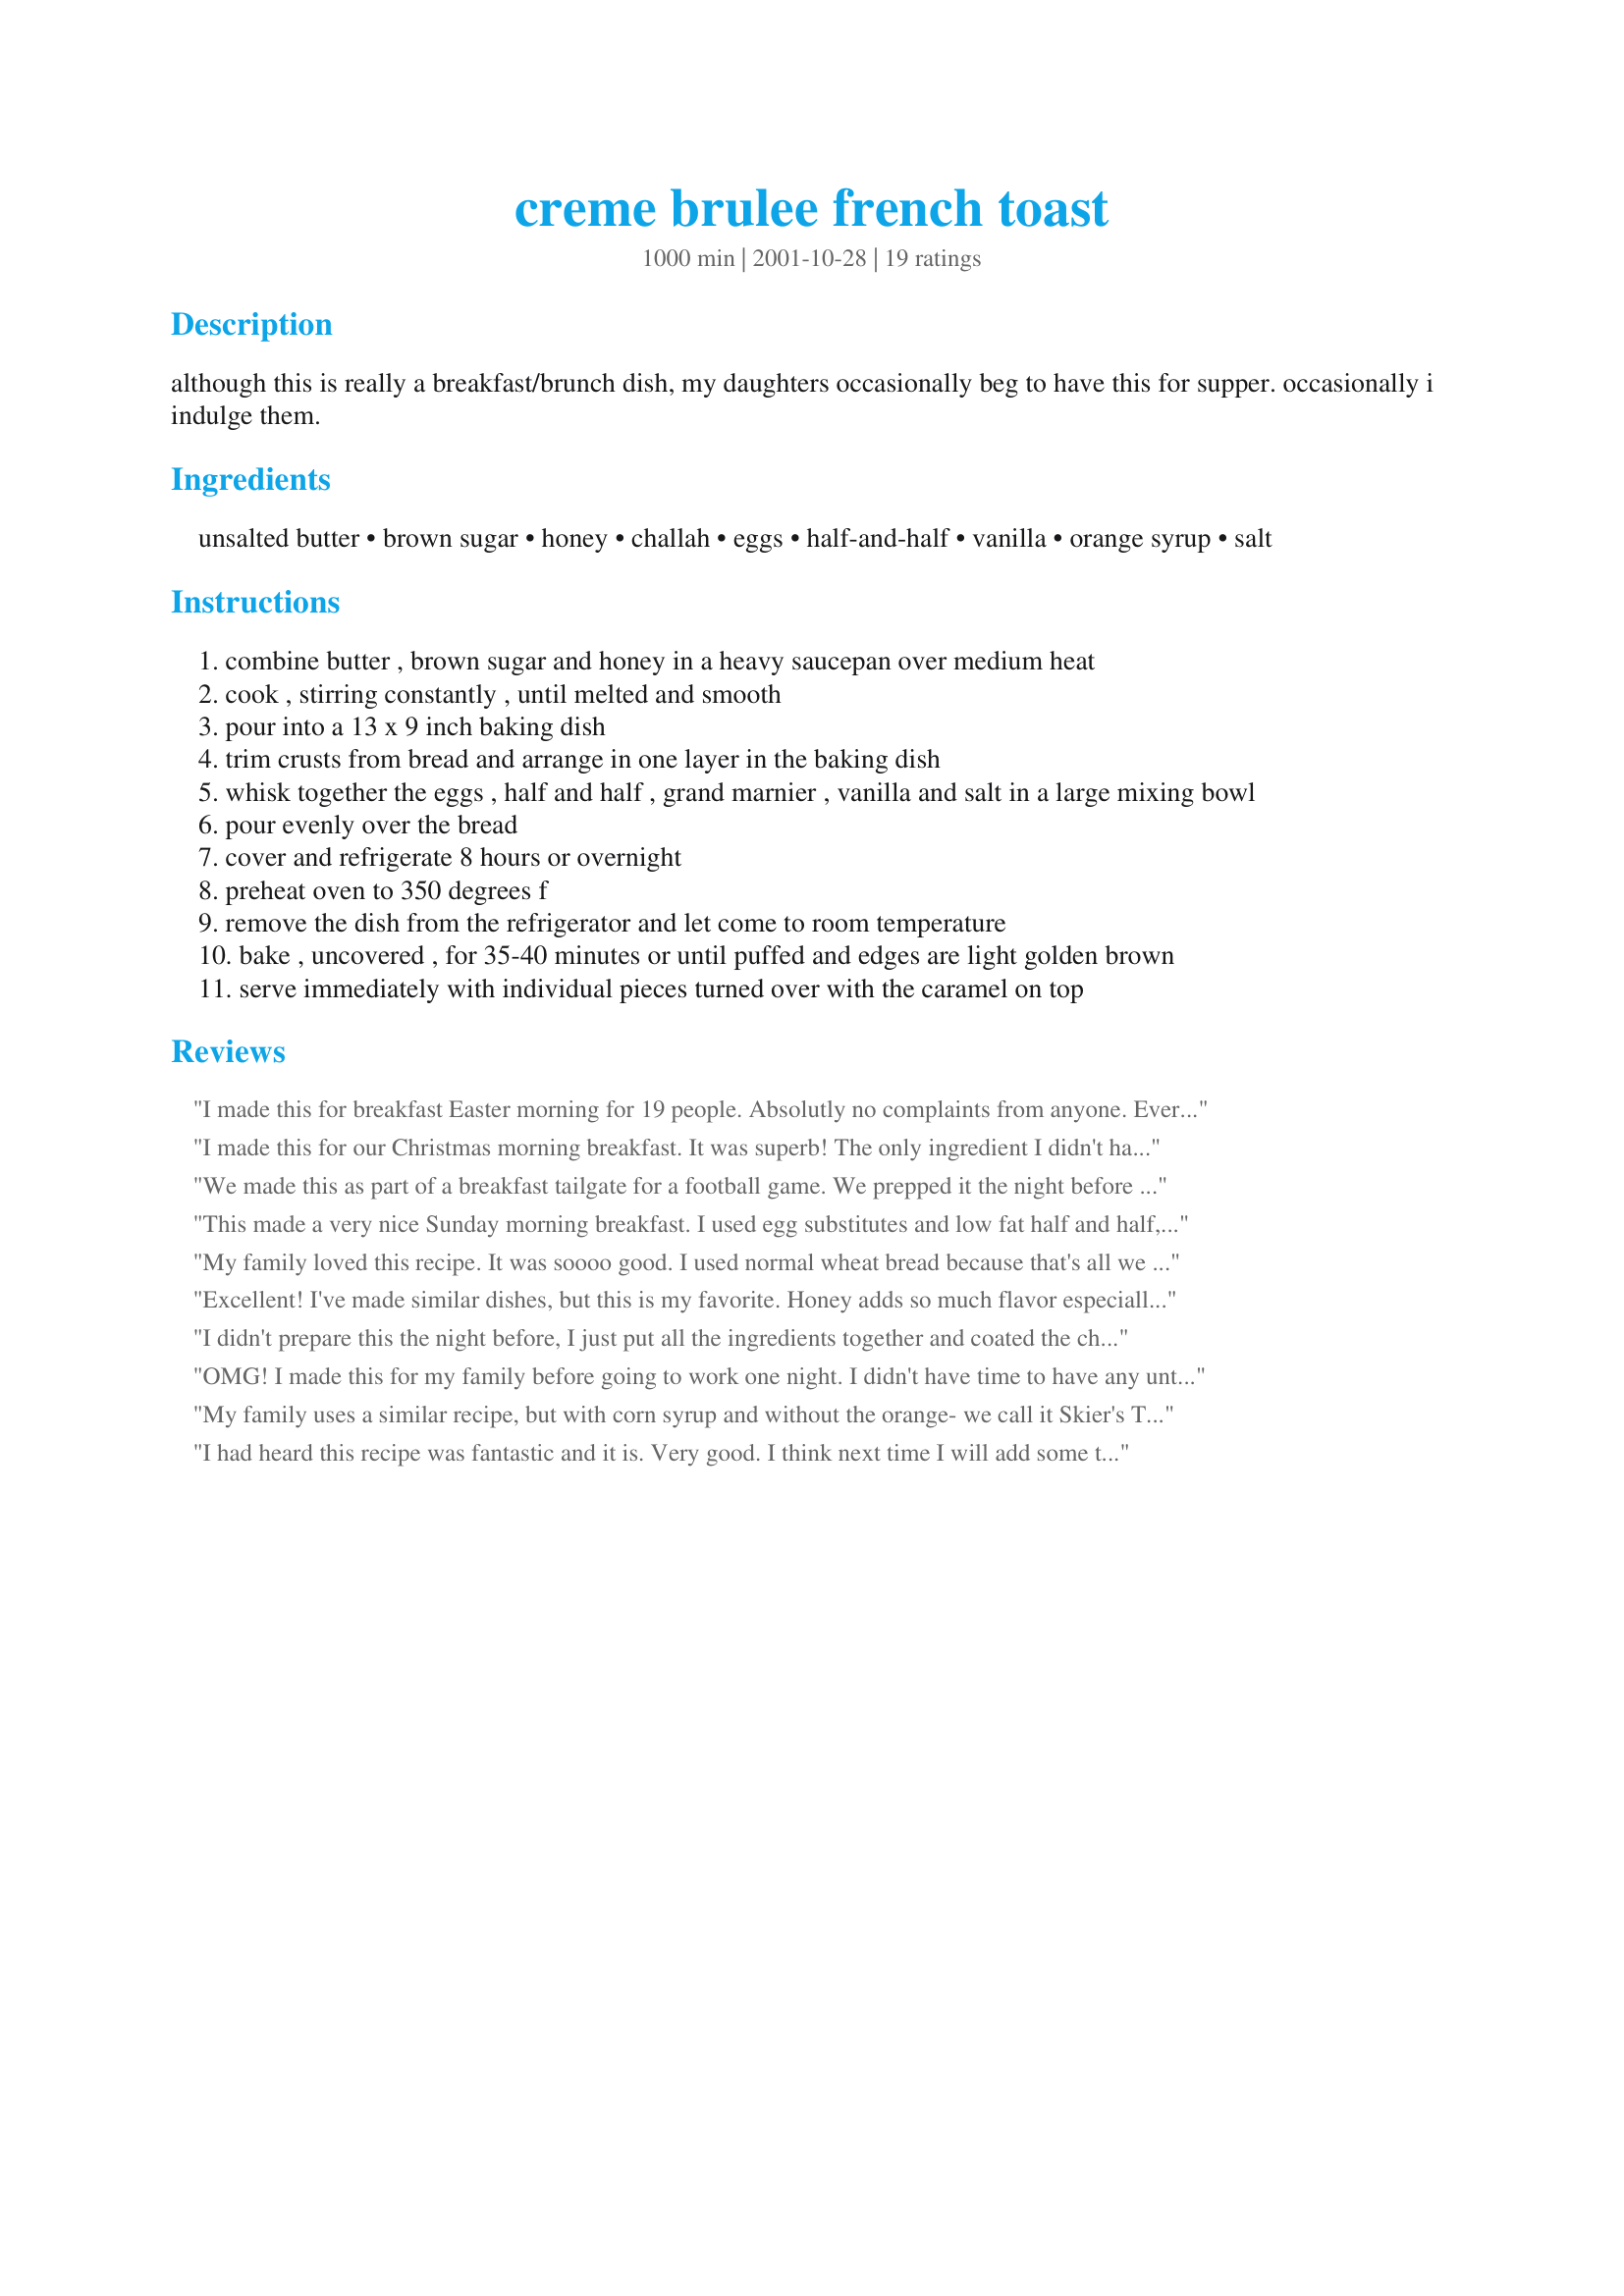
creme brulee french toast
Preparation time: 1000 minutes

although this is really a breakfast/brunch dish, my daughters occasionally beg to have this for supper. occasionally i indulge them.

Ingredients:
unsalted butter, brown sugar, honey, challah, eggs, half-and-half, vanilla, orange syrup, salt

Steps:
combine butter , brown sugar and honey in a heavy saucepan over medium heat
cook , stirring constantly , until melted and smooth
pour into a 13 x 9 inch baking dish
trim crusts from bread and arrange in one layer in the baking dish
whisk together the eggs , half and half , grand marnier , vanilla and salt in a large mixing bowl
pour evenly over the bread
cover and refrigerate 8 hours or overnight
preheat oven to 350 degrees f
remove the dish from the refrigerator and let come to room temperature
bake , uncovered , for 35-40 minutes or until puffed and edges are light golden brown
serve immediately with individual pieces turned over with the caramel on top

Reviews:
I made this for breakfast Easter morning for 19 people. Absolutly no complaints from anyone. Everyone, including my picky daughter loved this one! I also made the Grand Marnier Sauce(recipe # 52907)to top the toast off with if anyone desired. It's a keeper and soooo easy!!
I made this for our Christmas morning breakfast. It was superb! The only ingredient I didn't have was the orange syrup, and it turned out soooo good! I will be pulling this one out for special occasions - it's a very special recipe! Thanks for sharing. :)
We made this as part of a breakfast tailgate for a football game. We prepped it the night before in chafing pans, threw it in the oven when we woke up, and put them on the grill to keep it warm at the tailgate. The French toast was great, everyone loved it.
This made a very nice Sunday morning breakfast. I used egg substitutes and low fat half and half, and it was still very tasty. I think next time i will try and cook some sliced apples in the brown sugar mixture and add a little cinnimon for a twist. thanks for posting! I will be trying your butter pecan bread pudding next. I am sure it will be as great as this!
My family loved this recipe. It was soooo good. I used normal wheat bread because that's all we had, but I felt the texture would have been better with challah. Since my family loves cinnamon, I added a little on top. My mom agreed that it was even better with the cinnamon. Next time I'll put it in the with the egg mixture.
Excellent! I've made similar dishes, but this is my favorite. Honey adds so much flavor especially compared to corn syrup. I didn't have Grand Marnier so had to settle for Triple Sec. The honey overpowered any orange flavor, which you'd expect with only 1t. Half and half makes this creamy and decadent. You could use milk, but it wouldn't have the same wonderful result. Will definitely make this again! Thanks for sharing!
I didn't prepare this the night before, I just put all the ingredients together and coated the challah bread very well and it came out perfect. I also didn't have half and half so I used evaporated milk instead which worked really well and I'm sure it was less fattening as well. I also sprinkled the top with cinnamon. Everyone loved this.
OMG! I made this for my family before going to work one night. I didn't have time to have any until I got home. I asked how it was and I got "Oh, it was ok". There were plates in the sink with syrup all over them and I asked the question (although I already knew the answer), "You didn't put syrup on it did you?!"
I heated some in the microwave (without adding any syrup) and when I took the first bite I exclaimed, "OMG!! This is sooooo good!!!!" 
Thank you so much for posting this recipe, Mirj. It's a keeper!!!!
My family uses a similar recipe, but with corn syrup and without the orange- we call it Skier's Toast. It is delish. I look forward to trying it with an orange flavor.
I had heard this recipe was fantastic and it is. Very good. I think next time I will add some toasted pecans on top of the brown sugar before I put the bread on.
Excellent recipe!! I didn't follow it exactly- I didn't have any honey, and used two layers of cinnamon raisin bread. Either way, it was fantastic, and very easy to throw together the night before a brunch. One guest described it as similar to a maple bread pudding, and it got rave reviews from everyone! Thanks!!
Wow! I didn't have time to let everything sit all day (son missed the bus, and I had to leave early to drive him to school) so I put it all together when I got home from work. I didn't add the honey or orange syrup - just didn't have - but it was fantastic. I will try some of the lower fat suggestions next time so that I don't feel so guilty eating it. It's definitely a great dish for breakfast company. Very easy to assemble. Thank you!
Great recipe thanks!

×ª×•×“×” ×¨×‘×”!
I came across this recipe earlier this year from another site. It is sinfully delicious! Thank you for posting it!
This gets 10 stars as far as I'm concerned!! Made exactly as written and I'd never change a thing. We only got 6 servings however. Thanks for sharing!
My sister-in-law made this for our family Christmas get together brunch and it was wonderful! She used corn syrup instead of honey and cut her 6 1-inch thick slices from the center portion of an 8-9 inch round loaf of country style bread (crusts trimmed), and everyone, including my extremely picky daughter loved it! She served hers caramel side down, which I think made a prettier presentaton, but I'm sure the taste was all the same - fantastic! By the way, the recipe posted here doesn't mention that the vanilla should be included in step 5. Thanks for sharing! I can't wait to make this for my family at home!
So delicious! I added a bit a pumkin pie spice to the custuard mixture because I like the taste. Made this Saturday morning because my SIL was in town and heated it up on Sunday for us in a smaller pan (so the sugar wouldn't run). Put a splash of milk on top of each piece of bread, covered with foil and reheaded in the oven at 350. It turned out perfectly.
OUTSTANDING! So, easy! . Delicious. Christmas morning, for over 20 yrs, I always make an egg casserole. Last year also made this dish. My now college age kids told me just to make this again. This is a new traditional holiday breakfast. Will be making for Easter per requests. Thanks for sharing!
Mirj, This was hands down the very best French Toast we've ever had! Thanks so much. I made it for Father's Day brunch. The only addition I will make next time is pecan halves in the bottom of the dish. This dish will be served here Christmas morning, it's so easy to pop into the oven in the morning!
